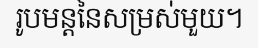
រូបមន្តនៃសម្រស់មួយ។